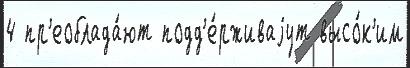
4 пр'еоблада́ют подд'е́рживаjут высо́к'им